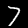
Label: 7